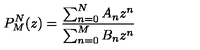
P _ { M } ^ { N } ( z ) = \frac { \sum _ { n = 0 } ^ { N } A _ { n } z ^ { n } } { \sum _ { n = 0 } ^ { M } B _ { n } z ^ { n } }